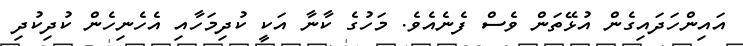
އައިންހަދައިގެން އުޅޭތަން ވެސް ފެނެއެވެ. މަހުގެ ކާނާ އަކީ ކުދިމަހާއި އެހެނިހެން ކުދިކުދި